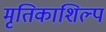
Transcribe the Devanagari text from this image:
मृतिकाशिल्प